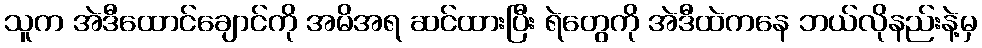
သူက အဲဒီထောင်ချောင်ကို အမိအရ ဆင်ထားပြီး ရဲတွေကို အဲဒီထဲကနေ ဘယ်လိုနည်းနဲ့မှ